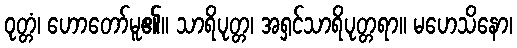
ဝုတ္တံ၊ ဟောတော်မူ၏။ သာရိပုတ္တ၊ အရှင်သာရိပုတ္တရာ။ မဟေသိနော၊